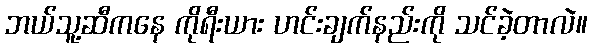
ဘယ်သူ့ဆီကနေ ကိုရီးယား ဟင်းချက်နည်းကို သင်ခဲ့တာလဲ။